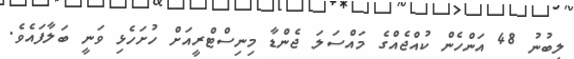
ލިބުނު 48 އަންހެން ކުއްޖެއްގެ މައްސަލަ ޖެންޑާ މިނިސްޓްރީއަށް ހުށަހެޅި ވަނީ ބަލާފައެވެ.